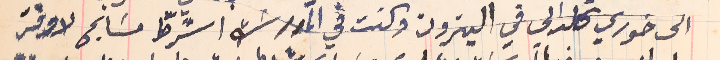
الى خوري كلداني في البترون وكنت في المدرسَه اشرطّ مسَابح لاوفر